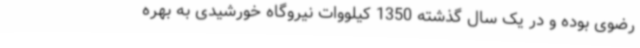
رضوی بوده و در یک سال گذشته 1350 کیلووات نیروگاه خورشیدی به بهره‌